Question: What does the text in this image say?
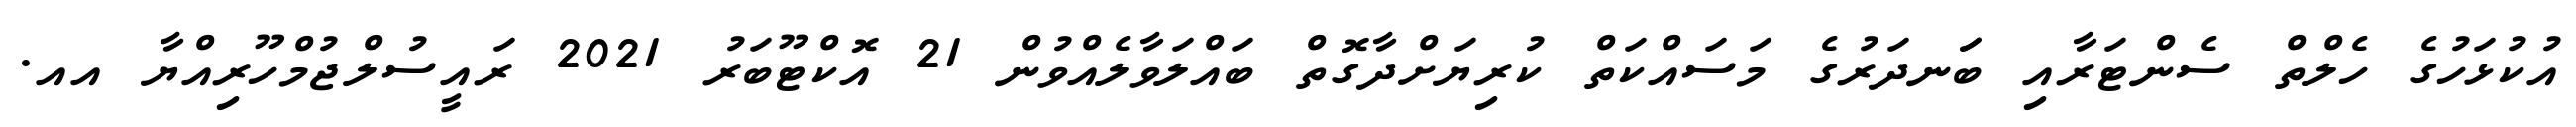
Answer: އުކުޅަހުގެ ހެލްތް ސެންޓަރާއި ބަަނދަރުގެ މަސައްކަތް ކުރިޔަށްދާގޮތް ބައްލަވާލެއްވުން 21 އޮކްޓޫބަރު 2021 ރައީސުލްޖުމްހޫރިއްޔާ އއ.